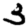
Digit: 3